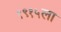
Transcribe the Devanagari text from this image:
१९१५ला